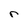
Character: r